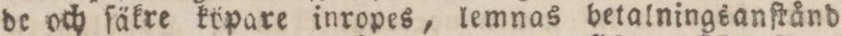
de och ſäkre köpare inropes, lemnas betalningsanſtånd